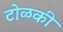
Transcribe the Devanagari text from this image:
टोळकी